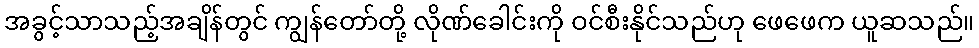
အခွင့်သာသည့်အချိန်တွင် ကျွန်တော်တို့ လိုဏ်ခေါင်းကို ဝင်စီးနိုင်သည်ဟု ဖေဖေက ယူဆသည်။